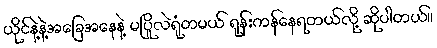
ယိုင်နဲ့နဲ့အခြေအနေနဲ့ မပြိုလဲရုံတမယ် ရုန်းကန်နေရတယ်လို့ ဆိုပါတယ်။